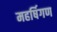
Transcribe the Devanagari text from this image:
महर्षिगण